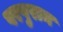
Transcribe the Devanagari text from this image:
परषुराम